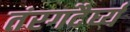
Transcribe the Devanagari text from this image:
तंरगदैर्घ्य